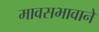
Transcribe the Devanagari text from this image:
मावसभावाने